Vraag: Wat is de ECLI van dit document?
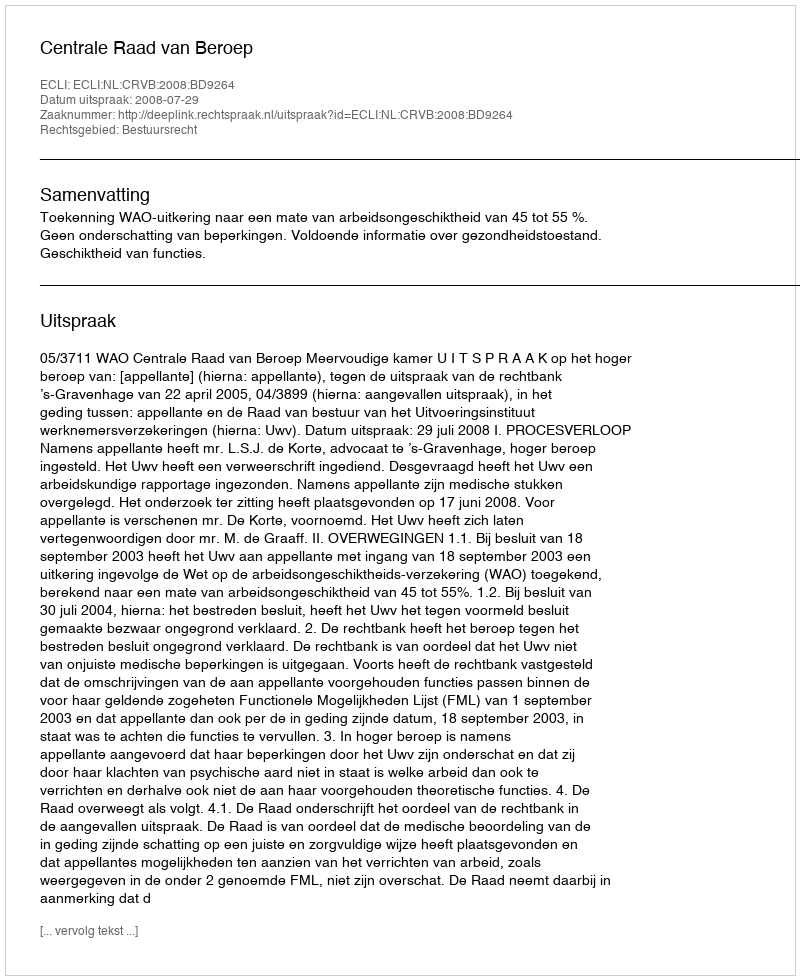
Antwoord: ECLI:NL:CRVB:2008:BD9264